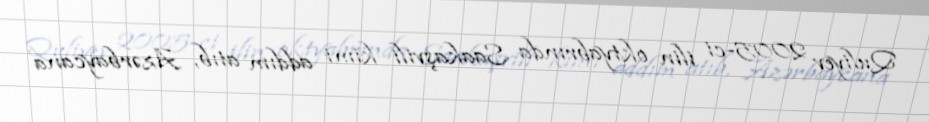
Quliyev 2005-ci ilin oktyabrında Saakaşvili kimi addım atıb, Azərbaycana